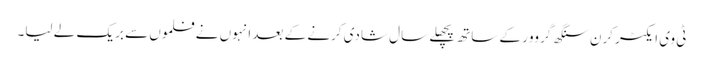
ٹی وی ایکٹر کرن سنگھ گروور کے ساتھ پچھلے سال شادی کرنے کے بعد انہوں نے فلموں سے بریک لے لیا۔